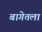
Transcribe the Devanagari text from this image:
बागेतला